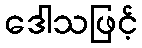
ဒေါသဖြင့်